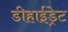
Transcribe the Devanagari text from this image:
डीहाईड्रेट